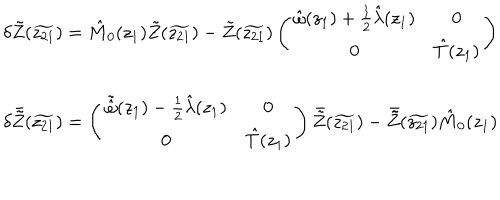
\begin{array} { l } { { \delta \tilde { Z } ( \widetilde { z _ { 2 1 } } ) = \hat { M } _ { 0 } ( z _ { 1 } ) \tilde { Z } ( \widetilde { z _ { 2 1 } } ) - \tilde { Z } ( \widetilde { z _ { 2 1 } } ) \left( \begin{array} { c c } { { \hat { \omega } ( z _ { 1 } ) + \textstyle { \frac { 1 } { 2 } } \hat { \lambda } ( z _ { 1 } ) } } & { { 0 } } \\ { { 0 } } & { { \hat { T } ( z _ { 1 } ) } } \\ \end{array} \right) } } \\ { { { } } } \\ { { \delta \bar { \tilde { Z } } ( \widetilde { z _ { 2 1 } } ) = \left( \begin{array} { c c } { { \tilde { \hat { \omega } } ( z _ { 1 } ) - \textstyle { \frac { 1 } { 2 } } \hat { \lambda } ( z _ { 1 } ) } } & { { 0 } } \\ { { 0 } } & { { \hat { T } ( z _ { 1 } ) } } \\ \end{array} \right) \bar { \tilde { Z } } ( \widetilde { z _ { 2 1 } } ) - \bar { \tilde { Z } } ( \widetilde { z _ { 2 1 } } ) \hat { M } _ { 0 } ( z _ { 1 } ) } } \\ \end{array}